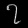
Digit: ၇